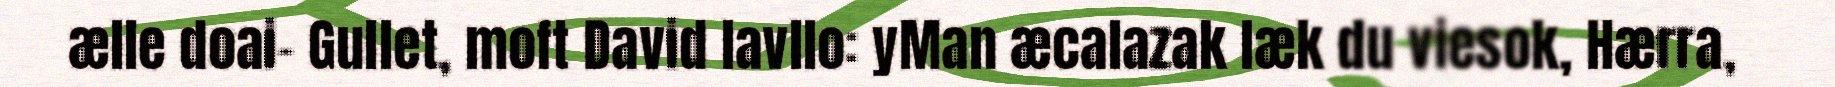
ælle doai- Gullet, moft David lavllo: yMan æcalazak læk du viesok, Hærra,